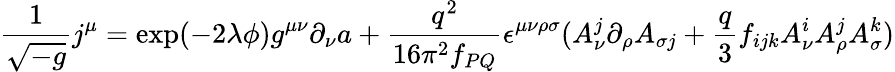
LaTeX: \frac{1}{\sqrt{-g}}j^{\mu}=\exp(-2\lambda\phi)g^{\mu\nu}\partial_{\nu}a+\frac{q^{2}}{16\pi^{2}f_{PQ}}\epsilon^{\mu\nu\rho\sigma}(A_{\nu}^{j}\partial_{\rho}A_{\sigma j}+\frac{q}{3}f_{ijk}A_{\nu}^{i}A_{\rho}^{j}A_{\sigma}^{k})